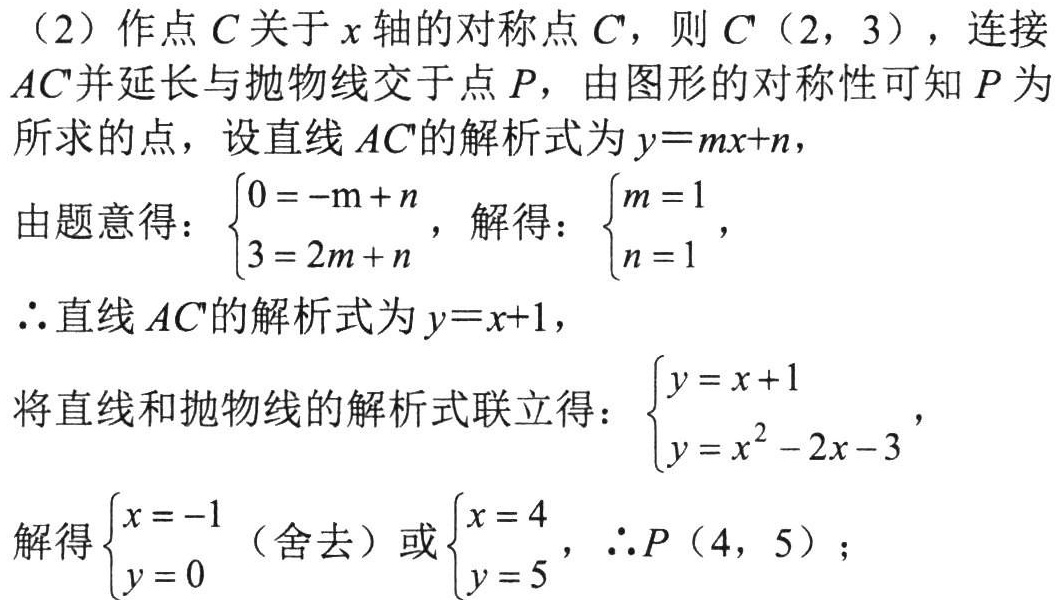
（2）作点\(C\)关于\(x\)轴的对称点\(C'\)，则\(C'(2,3)\)，连接\(AC'\)并延长与抛物线交于点\(P\)，由图形的对称性可知\(P\)为所求的点，设直线\(AC'\)的解析式为\(y = mx + n\)，
由题意得：\(\begin{cases}0 = -m + n\\3 = 2m + n\end{cases}\)，解得：\(\begin{cases}m = 1\\n = 1\end{cases}\)，
\(\therefore\)直线\(AC'\)的解析式为\(y = x + 1\)，
将直线和抛物线的解析式联立得：\(\begin{cases}y = x + 1\\y = x^{2}-2x - 3\end{cases}\)，
解得\(\begin{cases}x = -1\\y = 0\end{cases}\)（舍去）或\(\begin{cases}x = 4\\y = 5\end{cases}\)，\(\therefore P(4,5)\)；